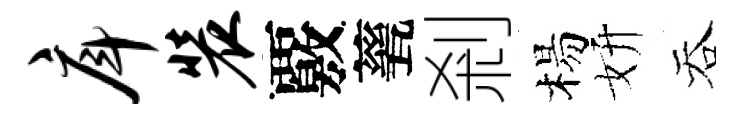
戽装覈甆剎楊妍吞